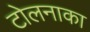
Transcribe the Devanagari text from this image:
टोलनाका